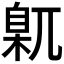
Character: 𡰈